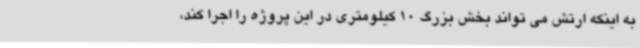
به اینکه ارتش می تواند بخش بزرگ 10 کیلومتری در این پروژه را اجرا کند،